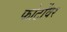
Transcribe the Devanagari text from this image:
फोटोंवर